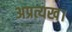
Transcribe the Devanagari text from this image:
अप्रत्यख।